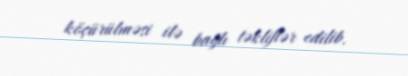
köçürülməsi ilə bağlı təkliflər edilib.